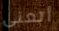
أتعنى